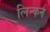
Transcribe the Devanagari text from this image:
लिन्कन